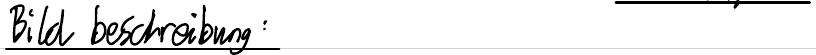
Bildbeschreibung: